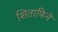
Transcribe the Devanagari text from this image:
शिताफिने